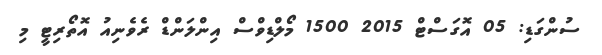
ސުންގަޑި: 05 އޮގަސްޓް 2015 1500 މޯލްޑިވްސް އިންލަންޑް ރެވެނިއު އޮތޯރިޓީ މި